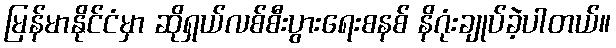
မြန်မာနိုင်ငံမှာ ဆိုရှယ်လစ်စီးပွားရေးစနစ် နိဂုံးချုပ်ခဲ့ပါတယ်။